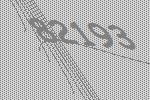
82193